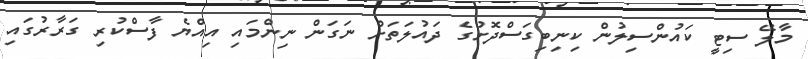
މާލޭ ސިޓީ ކައުންސިލުން ކިނިބިގަސްދޮށުގެ ދައުލަތަށް ނަގަން ނިންމައި އިއްޔެ ފާސްކުރި ގަރާރުގައި